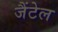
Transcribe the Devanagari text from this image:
जैंटेल